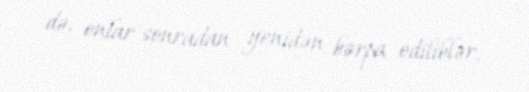
də, onlar sonradan yenidən bərpa ediliblər.